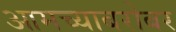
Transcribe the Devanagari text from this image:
आमच्याबरोबर